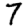
Digit: 7